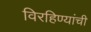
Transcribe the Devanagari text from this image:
विरहिण्यांची